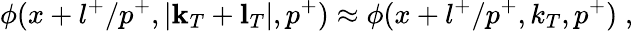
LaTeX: \phi(x+l^{+}/p^{+},|{\mathbf k}_{T}+{\mathbf l}_{T}|,p^{+})\approx\phi(x+l^{+}/p^{+},k_{T},p^{+})\; ,